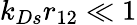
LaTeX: k_{Ds}r_{12}\ll 1